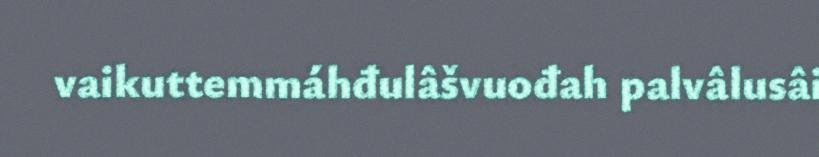
vaikuttemmáhđulâšvuođah palvâlusâi